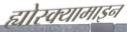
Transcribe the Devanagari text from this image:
ह्योस्क्यामाइन